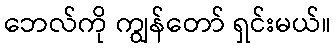
ဘေလ်ကို ကျွန်တော် ရှင်းမယ်။